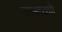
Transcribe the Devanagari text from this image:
वल्हवणे